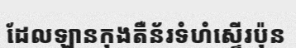
ដែលឡានកុងតឺន័រទំហំស្ទើរប៉ុន